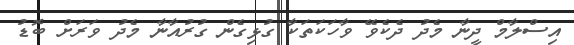
އިސްލާމް ދީނާ މެދު ދެކެވޭ ވާހަކަތަކާ ގުޅިގެން ގުރުއާނާ މެދު ވަރަށް ބޮޑު